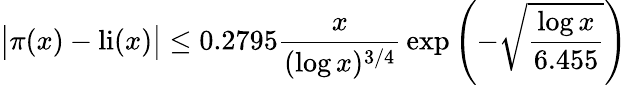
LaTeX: {\big|}\pi(x)-\operatorname{li}(x){\big|}\leq 0.2795{\frac{x}{(\log x)^{3/4}}}\exp\left(-{\sqrt{\frac{\log x}{6.455}}}\right)